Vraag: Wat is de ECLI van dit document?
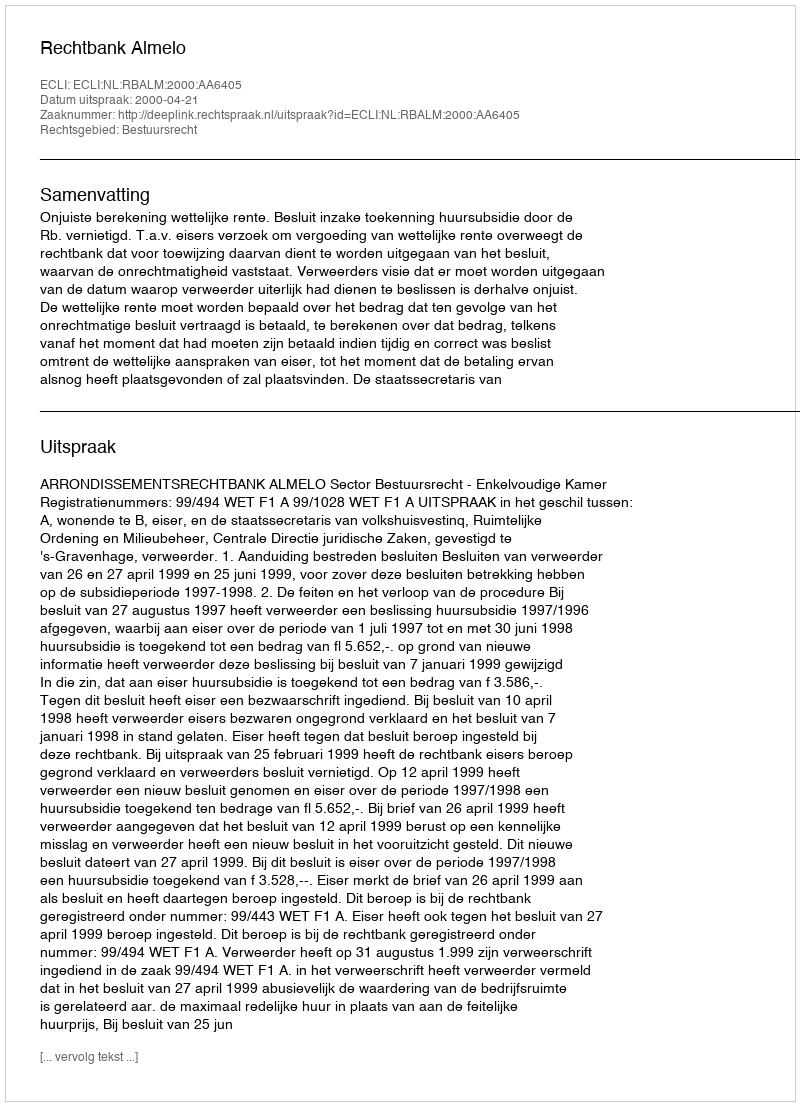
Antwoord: ECLI:NL:RBALM:2000:AA6405